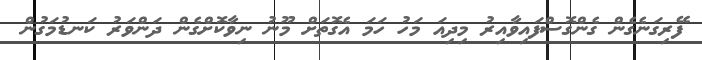
ފޭރިގަނެގެން ގެންގޮސްފައިވާއިރު މިދިއަ މަހު ހަމަ އެގޮތަށް މޫނު ނިވާކޮށްގެން ދަންވަރު ކަނޑުމަގުން